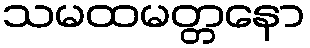
သမထမတ္တနော